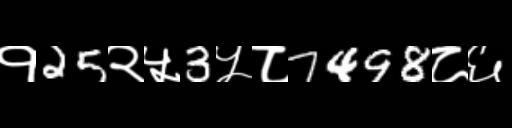
Text: १25२५3५८7498८६